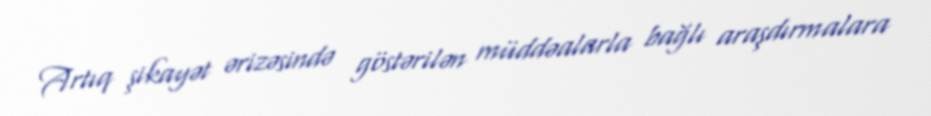
Artıq şikayət ərizəsində göstərilən müddəalarla bağlı araşdırmalara